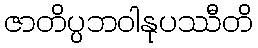
ဇာတိပ္ပဘဝါနုပဿီတိ